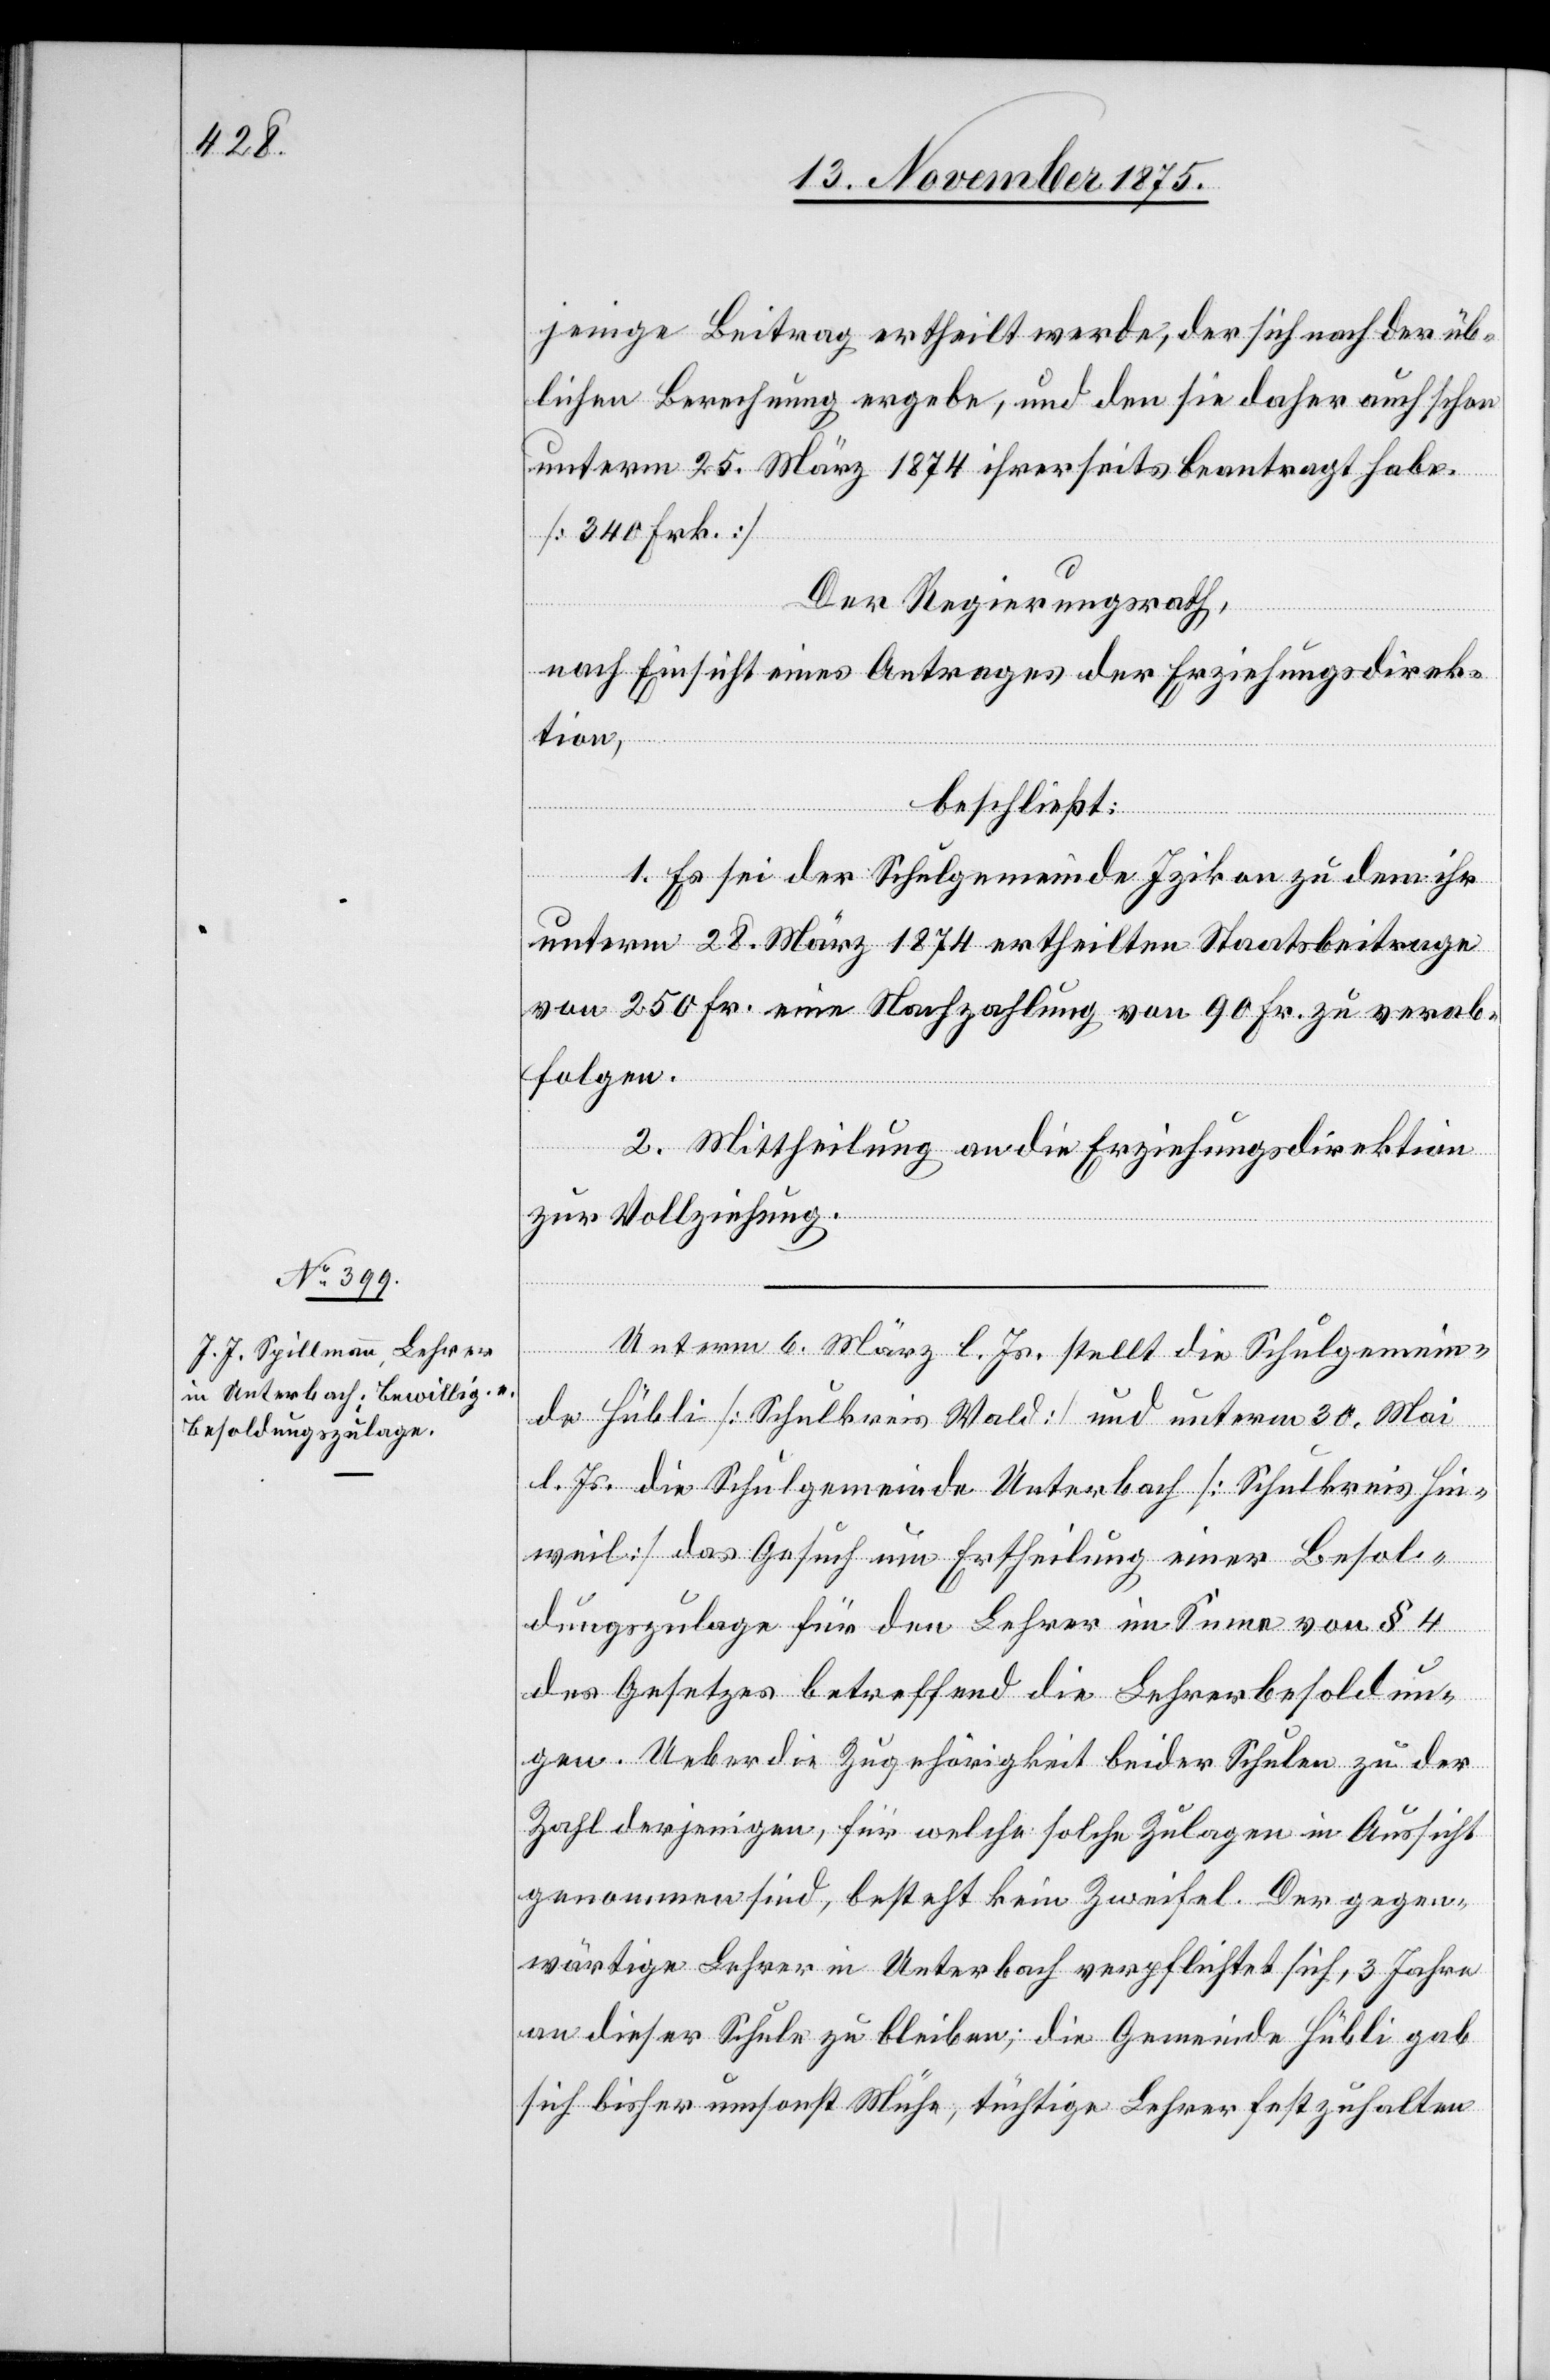
jenige Beitrag ertheilt werde, der sich nach der üb¬
lichen Berechnung ergebe, und den sie daher auch schon
unterm 25. März 1874 ihrerseits beantragt habe.
[340 Frk.]
Der Regierungsrath,
nach Einsicht eines Antrages der Erziehungsdirek¬
tion,
beschließt:
1. Es sei der Schulgemeinde Izikon zu dem ihr
unterm 28. März 1874 ertheilten Staatsbeitrage
von 250 Fr. eine Nachzahlung von 90 Fr. zu verab¬
folgen.
2. Mittheilung an die Erziehungsdirektion
zur Vollziehung.
Unterm 6. März l. Js. stellt die Schulgemein¬
de Hübli [Schulkreis Wald] und unterm 30. Mai
l. Js. die Schulgemeinde Unterbach [Schulkreis Hin¬
weil] das Gesuch um Ertheilung einer Besol¬
dungszulage für den Lehrer im Sinne von § 4
des Gesetzes betreffend die Lehrerbesoldun¬
gen. Ueber die Zugehörigkeit beider Schulen zu der
Zahl derjenigen, für welche solche Zulagen in Aussicht
genommen sind, besteht kein Zweifel. Der gegen¬
wärtige Lehrer in Unterbach verpflichtet sich, 3 Jahre
an dieser Schule zu bleiben; die Gemeinde Hübli gab
sich bisher umsonst Mühe, tüchtige Lehrer festzuhalten